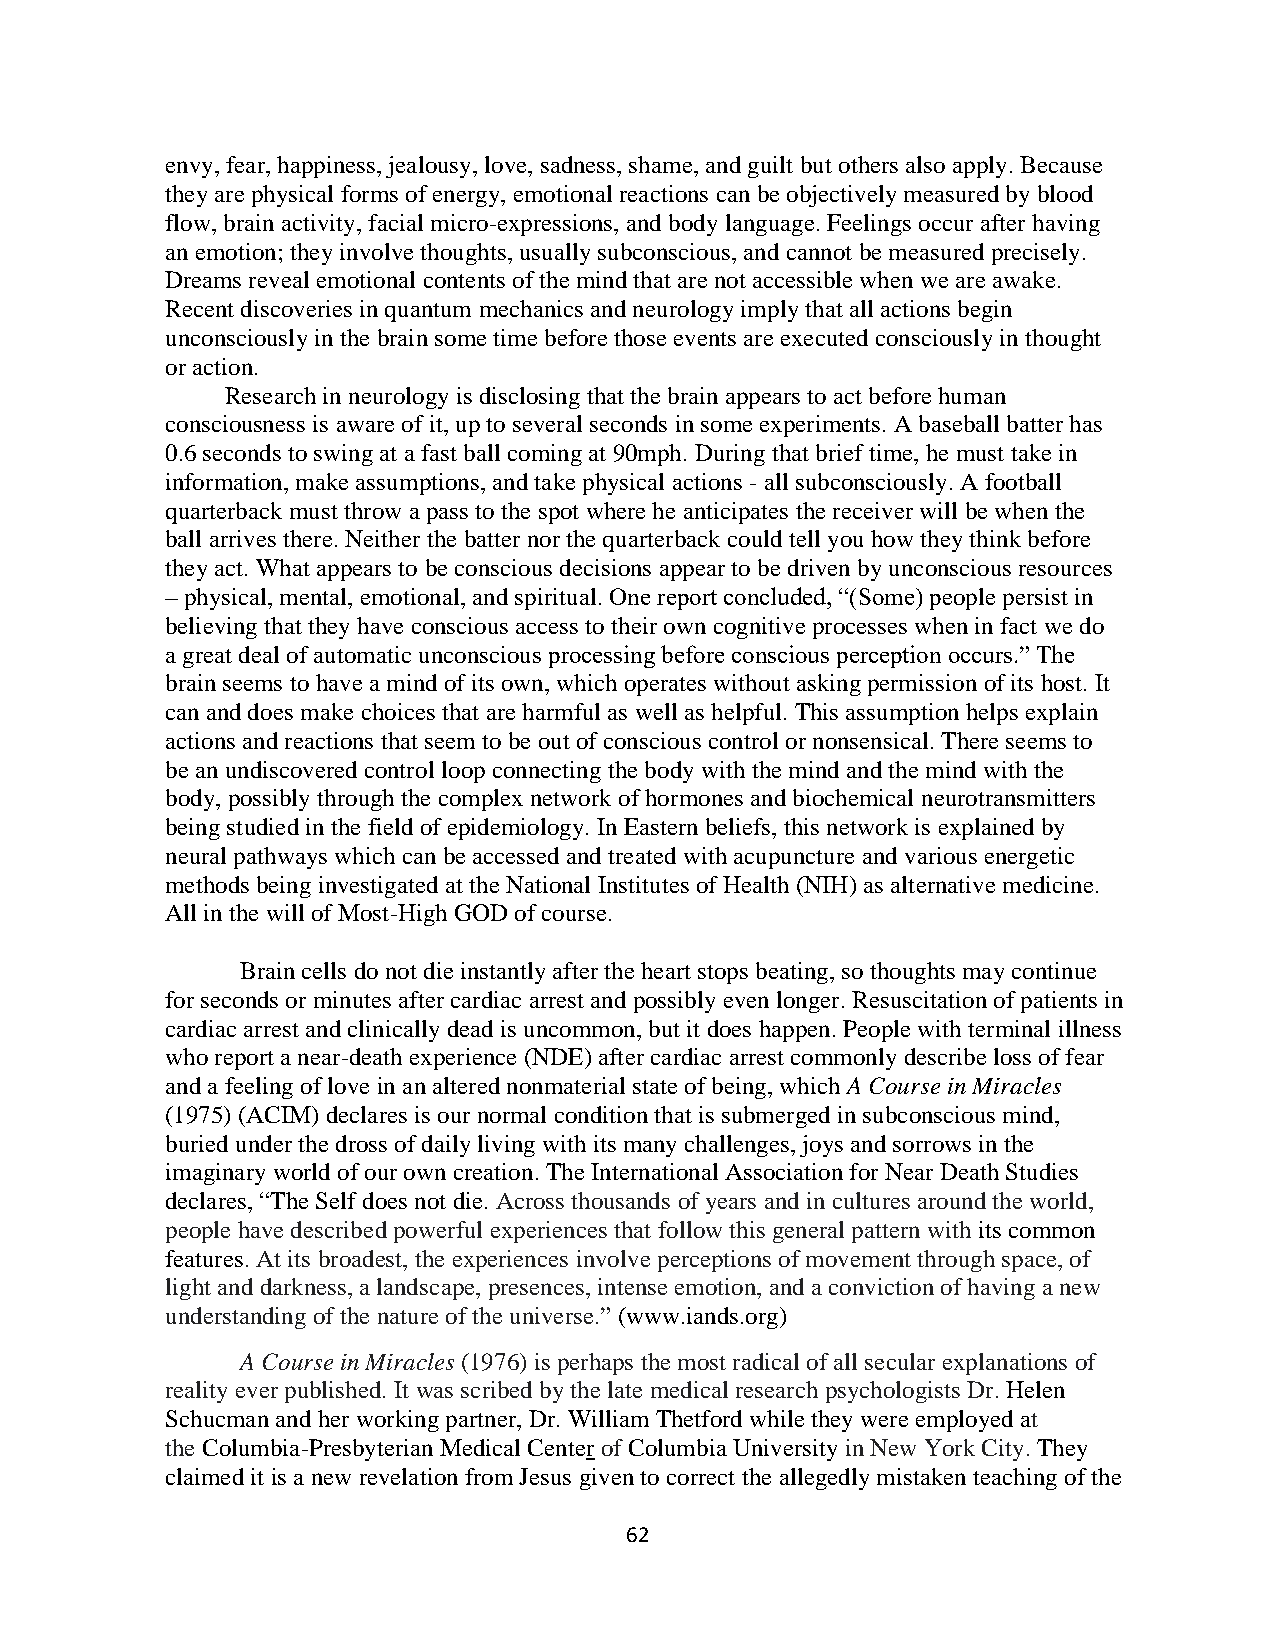
envy, fear, happiness, jealousy, love, sadness, shame, and guilt but others also apply. Because
 they are physical forms of energy, emotional reactions can be objectively measured by blood
 flow, brain activity, facial micro-expressions, and body language. Feelings occur after having
 an emotion; they involve thoughts, usually subconscious, and cannot be measured precisely.
 Dreams reveal emotional contents of the mind that are not accessible when we are awake.
 Recent discoveries in quantum mechanics and neurology imply that all actions begin
 unconsciously in the brain some time before those events are executed consciously in thought
 or action.
 Research in neurology is disclosing that the brain appears to act before human
 consciousness is aware of it, up to several seconds in some experiments. A baseball batter has
 0.6 seconds to swing at a fast ball coming at 90mph. During that brief time, he must take in
 information, make assumptions, and take physical actions - all subconsciously. A football
 quarterback must throw a pass to the spot where he anticipates the receiver will be when the
 ball arrives there. Neither the batter nor the quarterback could tell you how they think before
 they act. What appears to be conscious decisions appear to be driven by unconscious resources
 – physical, mental, emotional, and spiritual. One report concluded, “(Some) people persist in
 believing that they have conscious access to their own cognitive processes when in fact we do
 a great deal of automatic unconscious processing before conscious perception occurs.” The
 brain seems to have a mind of its own, which operates without asking permission of its host. It
 can and does make choices that are harmful as well as helpful. This assumption helps explain
 actions and reactions that seem to be out of conscious control or nonsensical. There seems to
 be an undiscovered control loop connecting the body with the mind and the mind with the
 body, possibly through the complex network of hormones and biochemical neurotransmitters
 being studied in the field of epidemiology. In Eastern beliefs, this network is explained by
 neural pathways which can be accessed and treated with acupuncture and various energetic
 methods being investigated at the National Institutes of Health (NIH) as alternative medicine.
 All in the will of Most-High GOD of course.
 Brain cells do not die instantly after the heart stops beating, so thoughts may continue
 for seconds or minutes after cardiac arrest and possibly even longer. Resuscitation of patients in
 cardiac arrest and clinically dead is uncommon, but it does happen. People with terminal illness
 who report a near-death experience (NDE) after cardiac arrest commonly describe loss of fear
 and a feeling of love in an altered nonmaterial state of being, which A Course in Miracles
 (1975) (ACIM) declares is our normal condition that is submerged in subconscious mind,
 buried under the dross of daily living with its many challenges, joys and sorrows in the
 imaginary world of our own creation. The International Association for Near Death Studies
 declares, “The Self does not die. Across thousands of years and in cultures around the world,
 people have described powerful experiences that follow this general pattern with its common
 features. At its broadest, the experiences involve perceptions of movement through space, of
 light and darkness, a landscape, presences, intense emotion, and a conviction of having a new
 understanding of the nature of the universe.” (www.iands.org)
 A Course in Miracles (1976) is perhaps the most radical of all secular explanations of
 reality ever published. It was scribed by the late medical research psychologists Dr. Helen
 Schucman and her working partner, Dr. William Thetford while they were employed at
 the Columbia-Presbyterian Medical Center of Columbia University in New York City. They
 claimed it is a new revelation from Jesus given to correct the allegedly mistaken teaching of the
 62